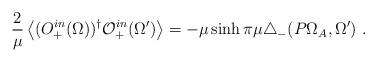
LaTeX: \begin{align*}\frac{2}{\mu}\left<(O_{+}^{in}(\Omega))^{\dag}\mathcal{O}_+^{in}(\Omega')\right>=-\mu\sinh\pi\mu\triangle_-(P\Omega_A,\Omega') \ .\end{align*}